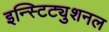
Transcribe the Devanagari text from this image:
इन्स्टिट्युशनल